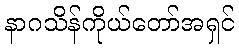
နာဂသိန်ကိုယ်တော်အရှင်